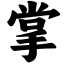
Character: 掌